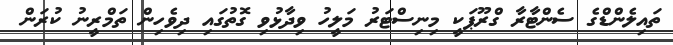
ތައިލެންޑްގެ ސެންޓާރާ ގްރޫޕަކީ މިނިސްޓަރު މަލީހު ވިދާޅުވި ގޮތުގައި ދިވެހިން ތަމްރީނު ކުރަން